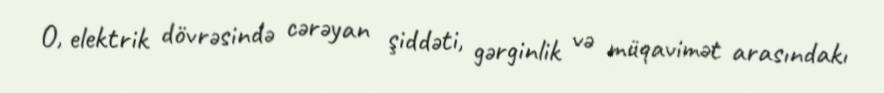
O, elektrik dövrəsində cərəyan şiddəti, gərginlik və müqavimət arasındakı